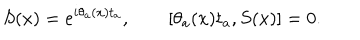
LaTeX: S ( x ) = e ^ { i \theta _ { a } ( x ) t _ { a } } , \qquad [ \theta _ { a } ( x ) t _ { a } , S ( x ) ] = 0 .